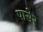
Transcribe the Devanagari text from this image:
पासेर